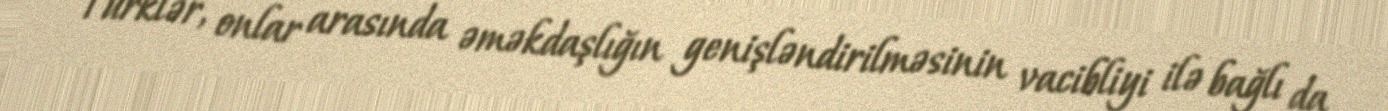
Türklər, onlar arasında əməkdaşlığın genişləndirilməsinin vacibliyi ilə bağlı da